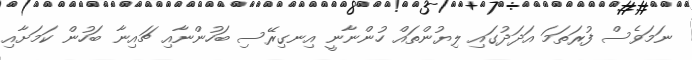
ނަމަވެސް ފުރަތަމަ އަދަދުގައި ލިޔުންތައް ހުންނާނީ އިނގިރޭސި ބަހުންނާއި ޗައިނާ ބަހުން ކަމަށާއި